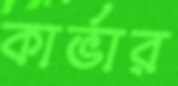
কার্ভার